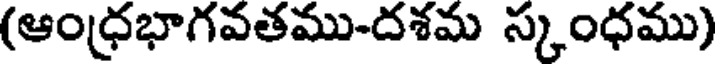
(ఆంధ్రభాగవతము-దశమ స్కంధము)